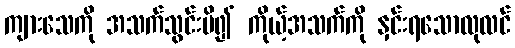
ကျားသေကို အသက်သွင်းမိ၍ ကိုယ့်အသက်ကို နှင်းရသောလုလင်